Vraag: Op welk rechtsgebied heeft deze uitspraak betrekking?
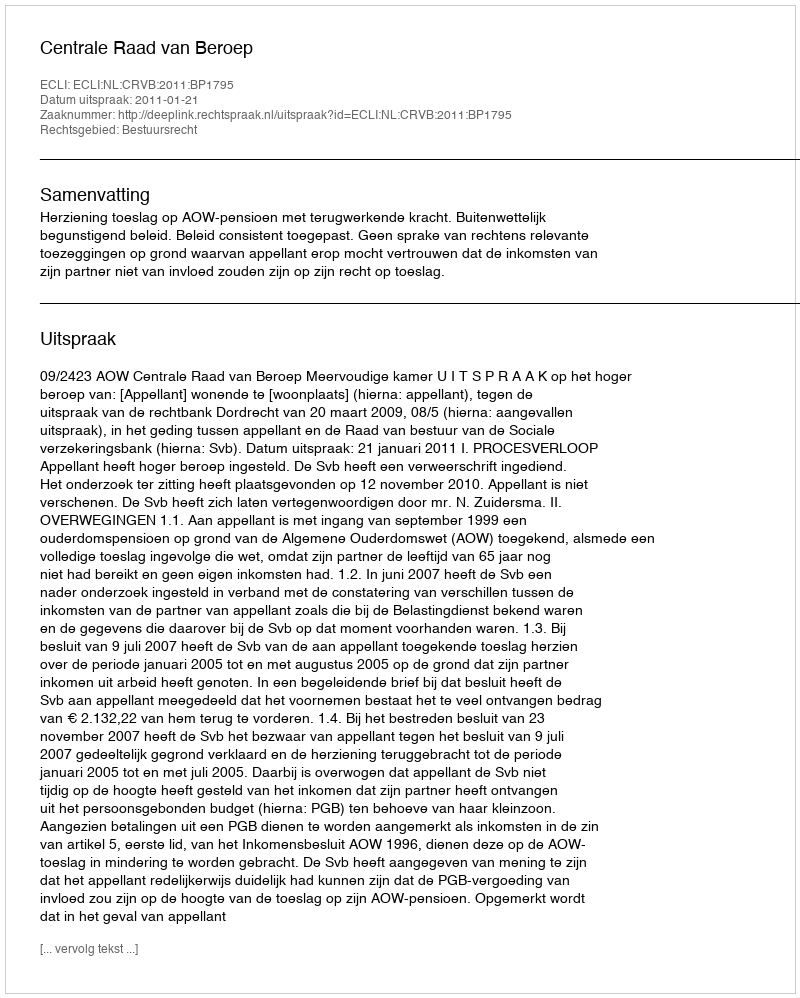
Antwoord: Bestuursrecht